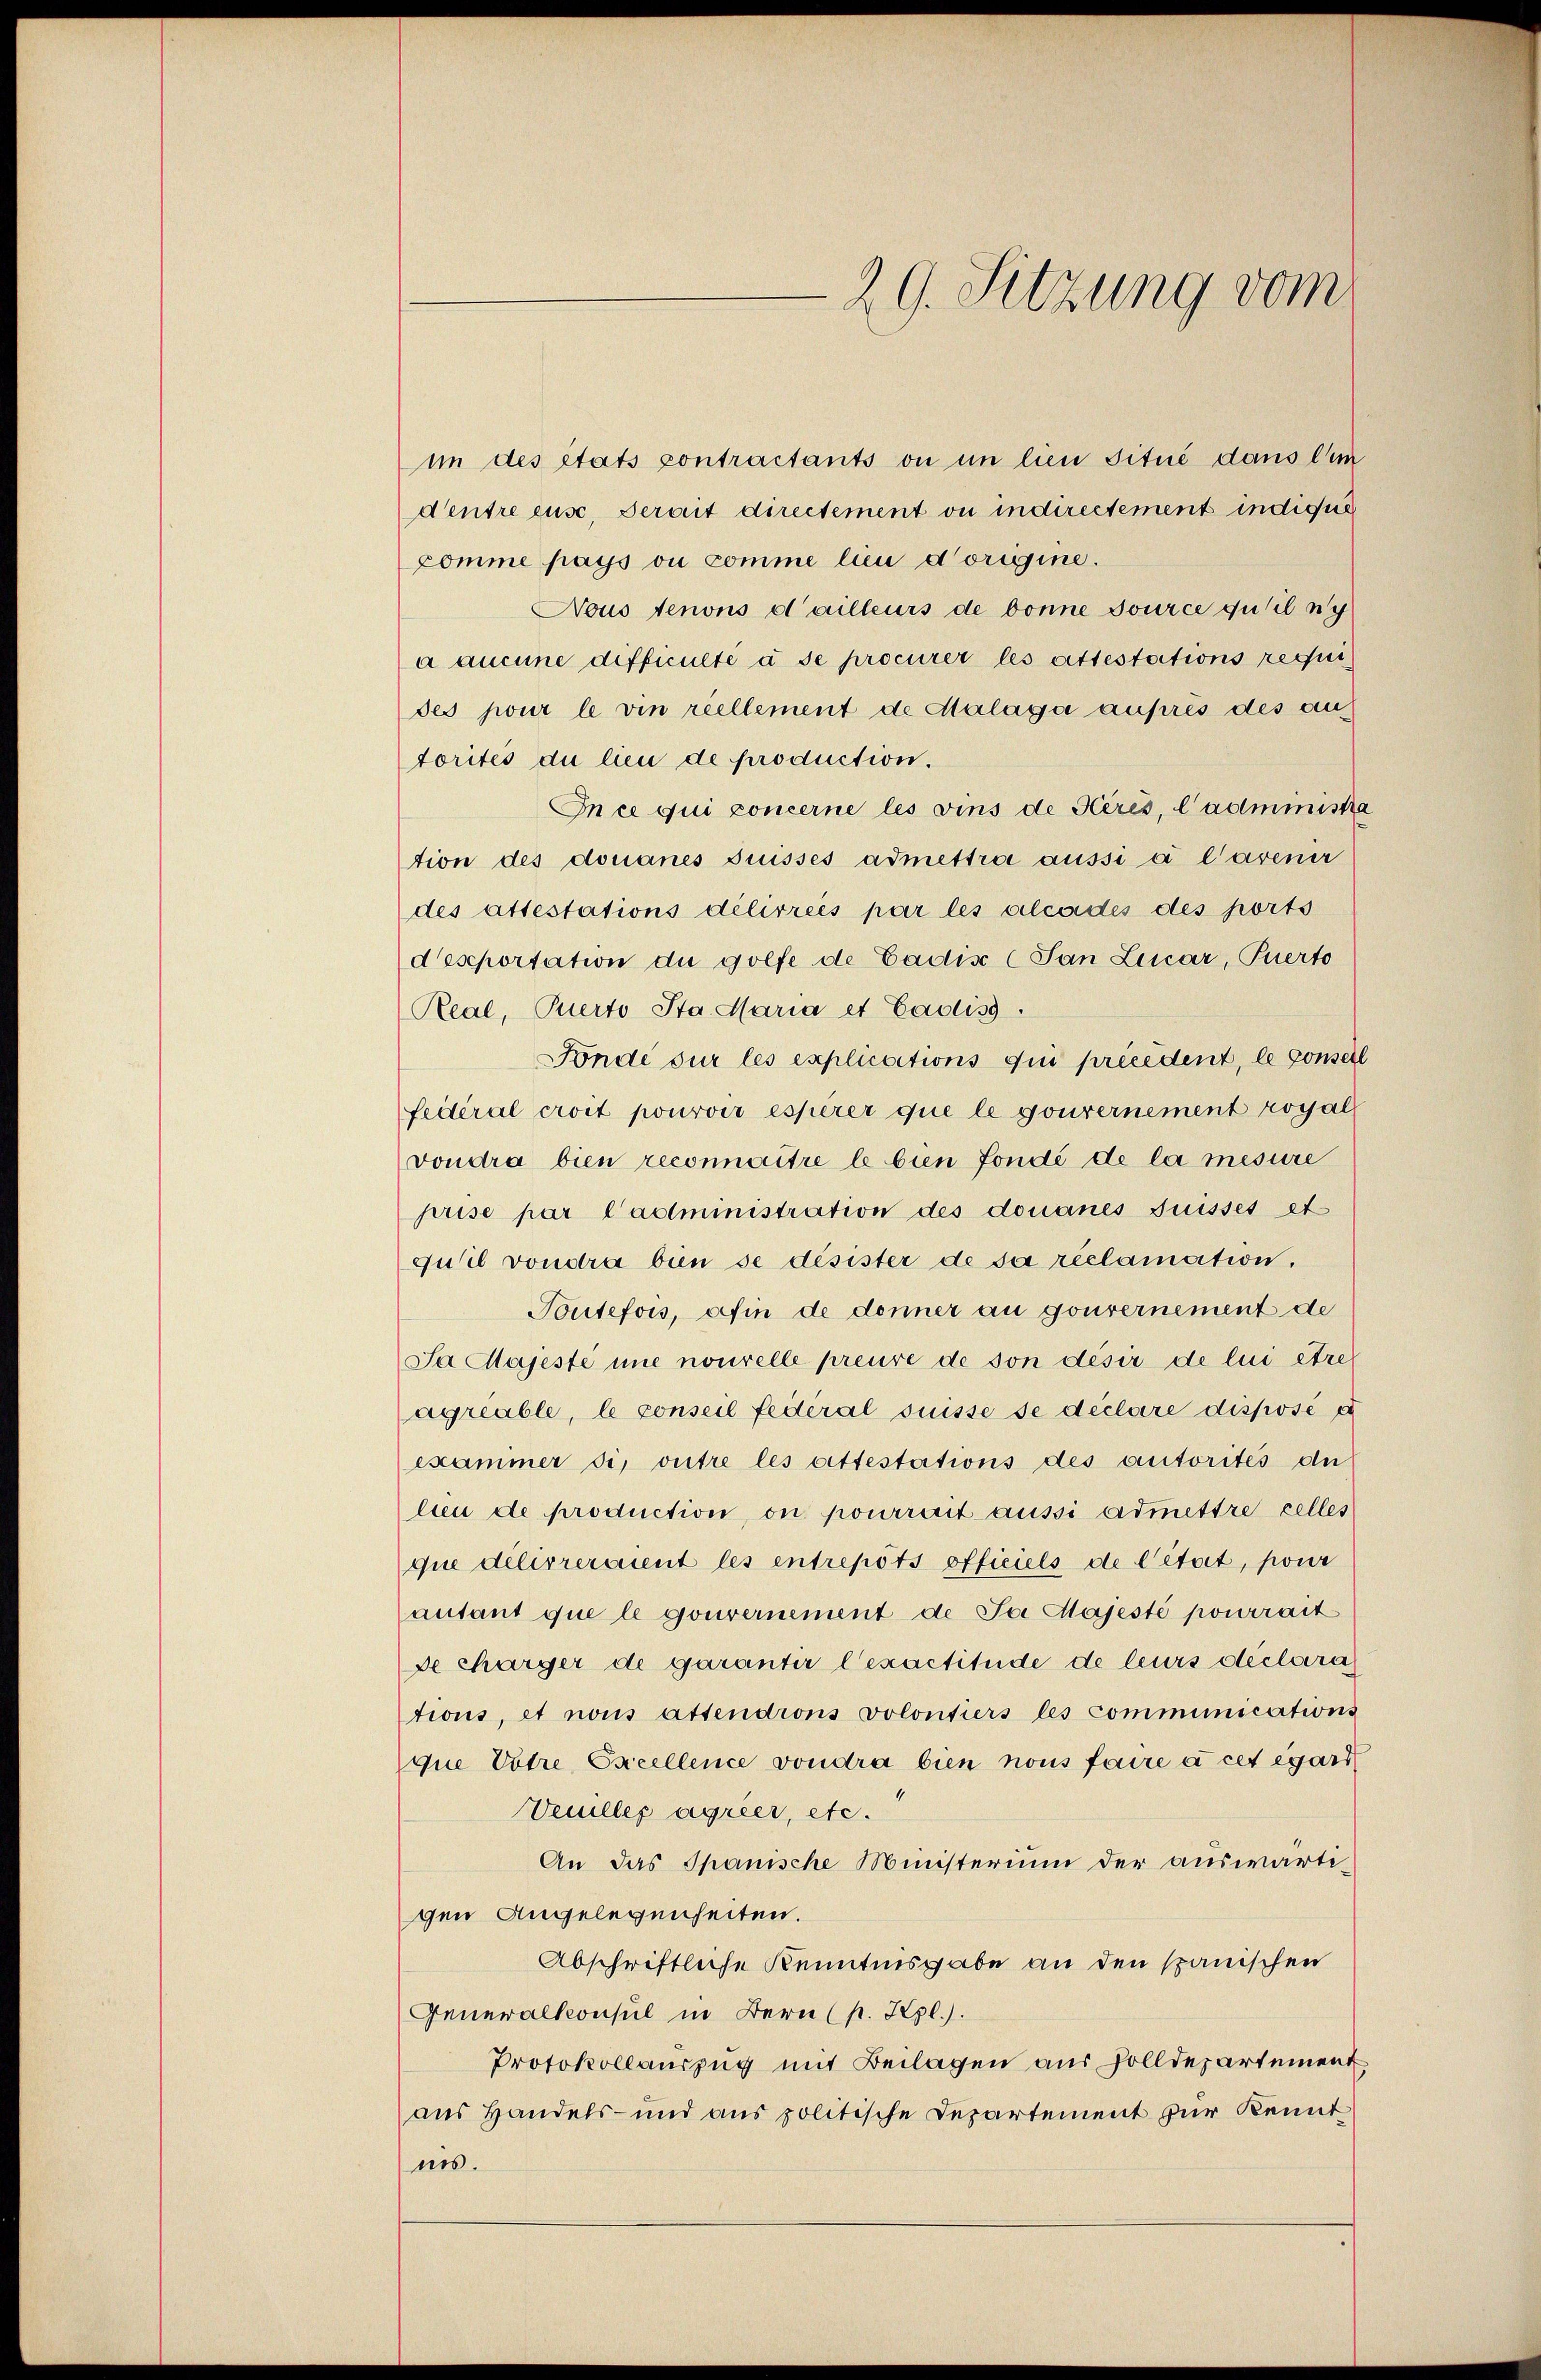
im des états contractants ou in lien situé dans lim
dentre euse, derait directement ou indirectement indique
comme pays ou comme lieu d’origine.
Nous tenons d’ailleurs de bonne source qu’il ny
a aucune difficulte à se procurer les attestations requides pour le vin reellement de Malaga ausres des au
torités du lieu de production.
In ce qui concerne les vins de Kerés, l’administra
tion des donanes Suisses admettra aussi à l’avenir
des attestations délivrees par les alcadés des ports
desportation du goefe de Cadis (Jan Leuar, Puerto
Real, Querto Sta. Maria et Eadiss
Fondé sur les explications qui precedent, le conseil
fédéral croit pourvoir esperer que le gouvernement royal
voudra bien reconnaître le bien fondé de la mesure
prise par l’administration des donanes Suisses et
quil voudra bien se désister de sa reclamation.
Toutefois, afin de denner au gouvernement de
Sa Majesté une nouvelle preure de son desir de lui être
agreable, le conseil fédéral Suisse se déclare disposé a
examiner si, outre les attestations des autorités de
leen de production, on pourrait aussi admettre celles
que delivreraient les entrepots officiels de l’état, pour
autant que le gouvernement de Jo Majesté pourrait
de charger de garantir l’exactitüde de leurs déclara
tions, et nous attendions volontiers les communications
que Votre Excellence voudra bien nous faire à cet égard
Venilles agreer, etc.
An das Spanische Ministerium der auswärtigen Angelegenheiten.
Abschriftliche Kenntnisgabe an den spanischen
Generalkonsul in Bern (p. Kgl.).
Protokollaurzug mit Beilagen aus Zolldepartement
aus Handels- und aus politische Departement zur Kennt
nis.

29. Sitzung vom